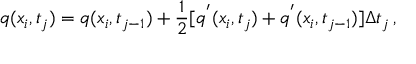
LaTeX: q ( x _ { i } , t _ { j } ) = q ( x _ { i } , t _ { j - 1 } ) + \frac { 1 } { 2 } [ q ^ { ' } ( x _ { i } , t _ { j } ) + q ^ { ' } ( x _ { i } , t _ { j - 1 } ) ] \Delta t _ { j } \, ,